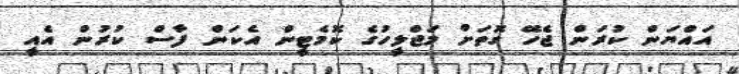
އައްޔަން ކުރަން ޖެހޭ ގޮތަށް މަޖްލީހުގެ ކޮމެޓީން އެކަން ފާސް ކުރުން އެއީ